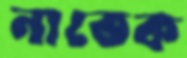
নাতেক